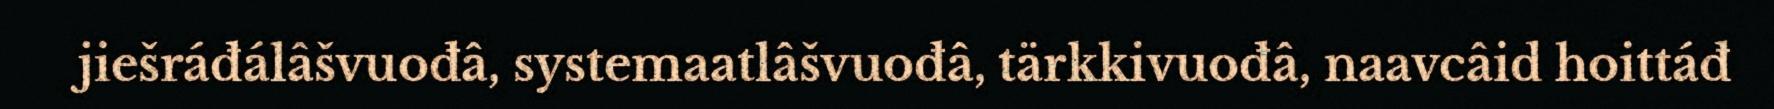
jiešráđálâšvuođâ, systemaatlâšvuođâ, tärkkivuođâ, naavcâid hoittáđ